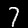
Digit: 7